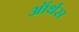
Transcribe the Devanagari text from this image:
ऑर्थस